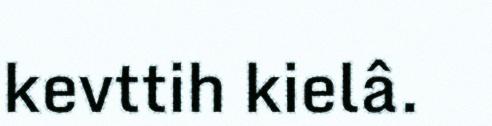
kevttih kielâ.